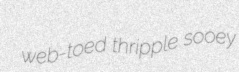
web-toed thripple sooey